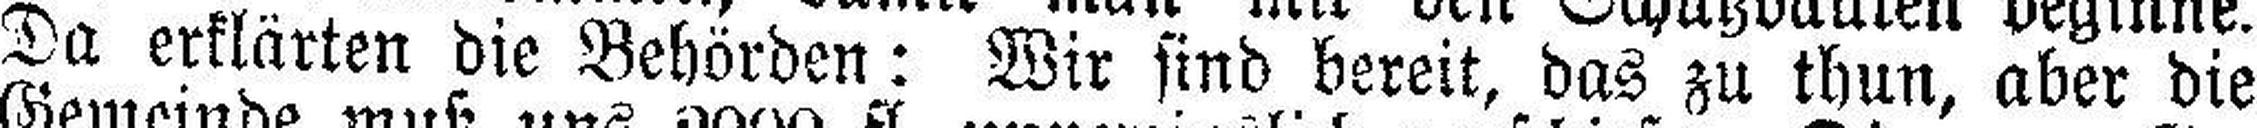
Da erklärten die Behörden: Wir sind bereit, das zu thun, aber die